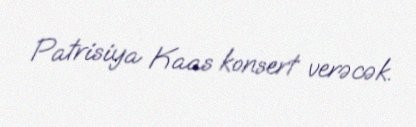
Patrisiya Kaas konsert verəcək.